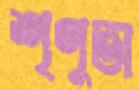
শৃণুতা